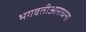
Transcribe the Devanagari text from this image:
भगवतीआराधना